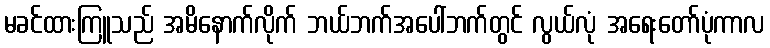
မခင်ထားကြူသည် အမိနောက်လိုက် ဘယ်ဘက်အပေါ်ဘက်တွင် လွယ်လုံ အရေးတော်ပုံကာလ